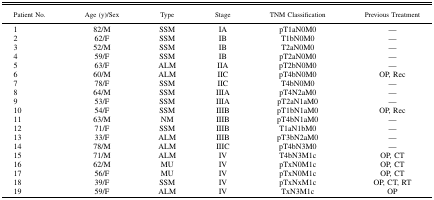
<table><thead><tr><td><b>Patient No.</b></td><td><b>Age (y)/Sex</b></td><td><b>Type</b></td><td><b>Stage</b></td><td><b>TNM Classification</b></td><td><b>Previous Treatment</b></td></tr></thead><tbody><tr><td>1</td><td>82/M</td><td>SSM</td><td>IA</td><td>pT1aN0M0</td><td>—</td></tr><tr><td>2</td><td>62/F</td><td>SSM</td><td>IB</td><td>T1bN0M0</td><td>—</td></tr><tr><td>3</td><td>52/M</td><td>SSM</td><td>IB</td><td>T2aN0M0</td><td>—</td></tr><tr><td>4</td><td>59/F</td><td>SSM</td><td>IB</td><td>pT2aN0M0</td><td>—</td></tr><tr><td>5</td><td>63/F</td><td>ALM</td><td>IIA</td><td>pT2bN0M0</td><td>—</td></tr><tr><td>6</td><td>60/M</td><td>ALM</td><td>IIC</td><td>pT4bN0M0</td><td>OP, Rec</td></tr><tr><td>7</td><td>78/F</td><td>SSM</td><td>IIC</td><td>T4bN0M0</td><td>—</td></tr><tr><td>8</td><td>64/M</td><td>SSM</td><td>IIIA</td><td>pT4N2aM0</td><td>—</td></tr><tr><td>9</td><td>53/F</td><td>SSM</td><td>IIIA</td><td>pT2aN1aM0</td><td>—</td></tr><tr><td>10</td><td>54/F</td><td>SSM</td><td>IIIB</td><td>pT1bN1aM0</td><td>OP, Rec</td></tr><tr><td>11</td><td>63/M</td><td>NM</td><td>IIIB</td><td>pT4bN1aM0</td><td>—</td></tr><tr><td>12</td><td>71/F</td><td>SSM</td><td>IIIB</td><td>T1aN1bM0</td><td>—</td></tr><tr><td>13</td><td>33/F</td><td>ALM</td><td>IIIB</td><td>pT3bN2aM0</td><td>—</td></tr><tr><td>14</td><td>78/M</td><td>ALM</td><td>IIIC</td><td>pT4bN3M0</td><td>—</td></tr><tr><td>15</td><td>71/M</td><td>ALM</td><td>IV</td><td>T4bN3M1c</td><td>OP, CT</td></tr><tr><td>16</td><td>62/M</td><td>MU</td><td>IV</td><td>pTxN0M1c</td><td>OP, CT</td></tr><tr><td>17</td><td>56/F</td><td>MU</td><td>IV</td><td>pTxN0M1c</td><td>OP, CT</td></tr><tr><td>18</td><td>39/F</td><td>SSM</td><td>IV</td><td>pTxNxM1c</td><td>OP, CT, RT</td></tr><tr><td>19</td><td>59/F</td><td>ALM</td><td>IV</td><td>TxN3M1c</td><td>OP</td></tr></tbody></table>